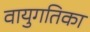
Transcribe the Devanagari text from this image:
वायुगतिका